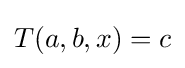
T(a,b,x)=c